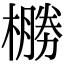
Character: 橳